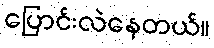
ပြောင်းလဲနေတယ်။